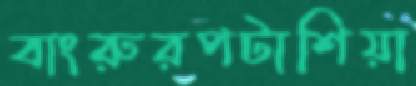
বাংরুরপটাশিয়া